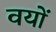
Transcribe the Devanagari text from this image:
वयों